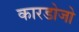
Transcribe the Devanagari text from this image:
कारडोजो